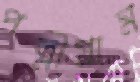
পল্লীগ্রাম